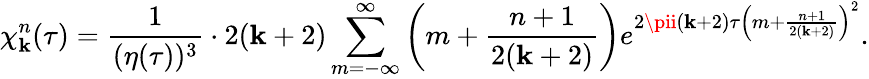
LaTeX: \chi_{\mathbf{k}}^{n}(\tau)={\frac{{1}}{{(\eta(\tau))^{3}}}}\cdot2(\mathbf{k}+2)\sum_{m=-\infty}^{\infty}\left(m+{\frac{{n+1}}{{2(\mathbf{k}+2)}}}\right)e^{2\pii(\mathbf{k}+2)\tau\left(m+{\frac{{n+1}}{{2(\mathbf{k}+2)}}}\right)^{2}}.